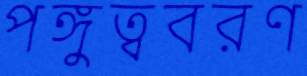
পঙ্গুত্ববরণ